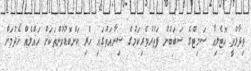
ވިދާޅުވީ ހޮޓެލިއާ ސަމިޓްގެ ސަބަބުން ފަތުރުވެރިކަމުގެ ޝިނާއަތުގައި ހުރި ކަންބޮޑުވުންތަކަށް ހައްލެއް ހޯދުމަށް